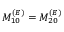
M _ { 1 0 } ^ { ( E ) } = M _ { 2 0 } ^ { ( E ) }